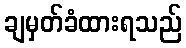
ချမှတ်ခံထားရသည်